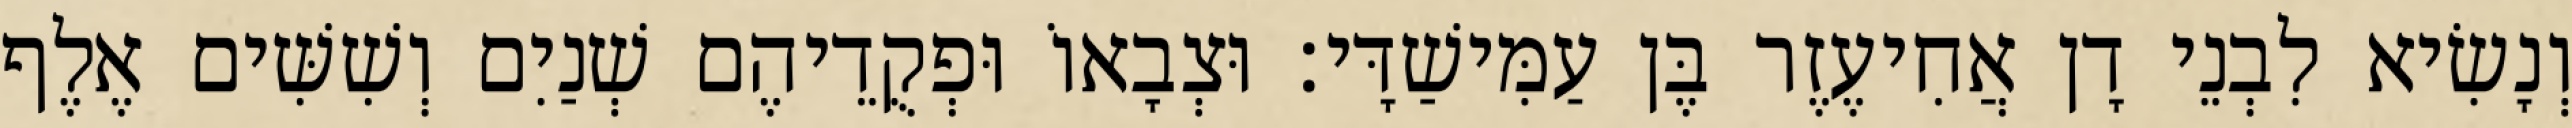
וְנָשִׂיא לִבְנֵי דָן אֲחִיעֶזֶר בֶּן עַמִּישַׁדָּי׃ וּצְבָאוֹ וּפְקֻדֵיהֶם שְׁנַיִם וְשִׁשִּׁים אֶלֶף